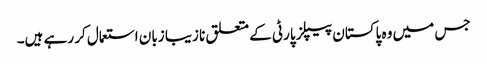
جس میں وہ پاکستان پیپلز پارٹی کے متعلق نا زیبا زبان استعمال کر رہے ہیں۔